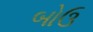
બોઉ